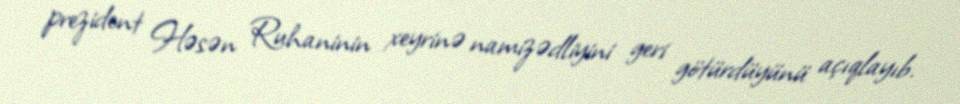
prezident Həsən Ruhaninin xeyrinə namizədliyini geri götürdüyünü açıqlayıb.